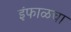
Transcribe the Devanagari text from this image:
इंफाळचा